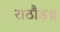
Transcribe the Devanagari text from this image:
राठौड़॥